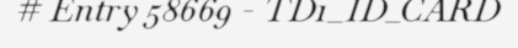
# Entry 58669 - TD1_ID_CARD